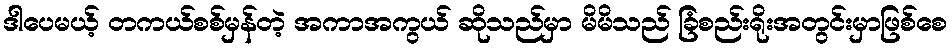
ဒါပေမယ့် တကယ်စစ်မှန်တဲ့ အကာအကွယ် ဆိုသည်မှာ မိမိသည် ခြံစည်းရိုးအတွင်းမှာဖြစ်စေ